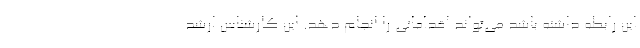
این رابطه داشته باشد می‌تواند اقداماتی را انجام دهد. این کارشناس ارشد